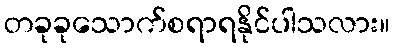
တခုခုသောက်စရာရနိုင်ပါသလား။